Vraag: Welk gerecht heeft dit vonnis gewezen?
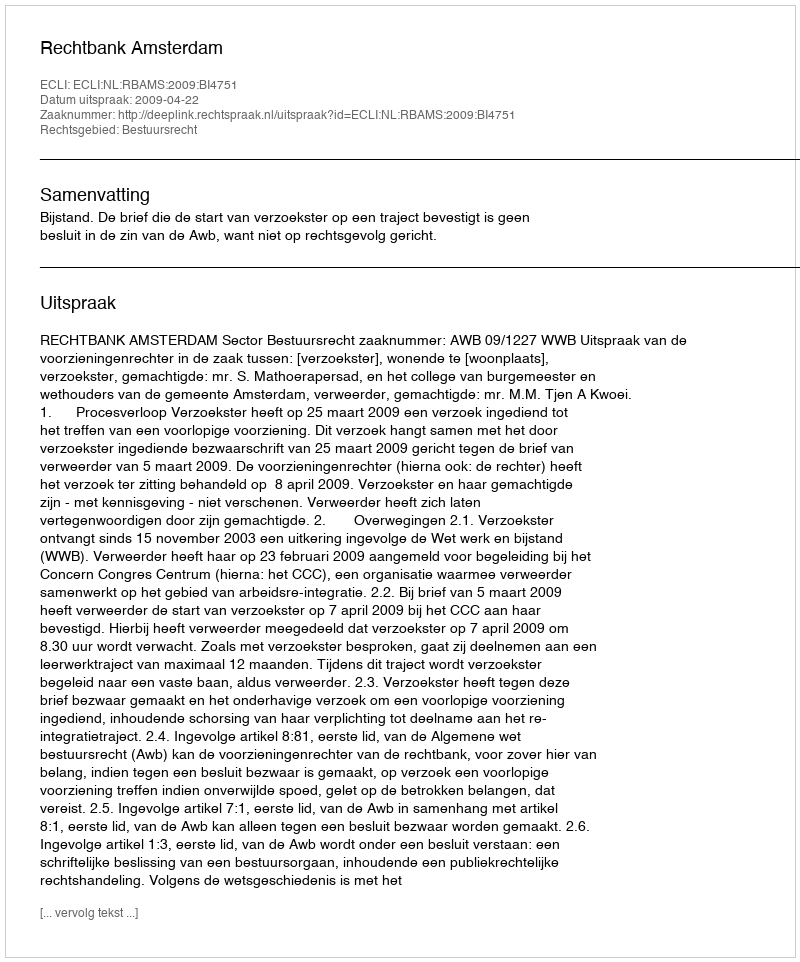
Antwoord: Rechtbank Amsterdam